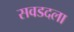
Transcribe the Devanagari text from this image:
सवडदला